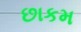
છાકમ